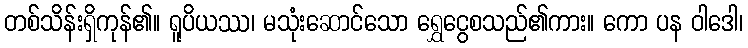
တစ်သိန်းရှိကုန်၏။ ရူပိယဿ၊ မသုံးဆောင်သော ရွှေငွေစသည်၏ကား။ ကော ပန ဝါဒေါ၊